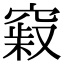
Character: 𥧞